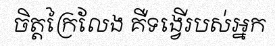
ចិត្តក្រៃលែង គឺទង្វើរបស់អ្នក